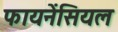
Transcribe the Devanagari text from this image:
फायनेंसियल